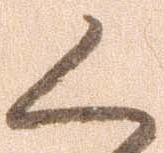
く